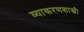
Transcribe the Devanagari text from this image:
व्याकरणशास्त्री